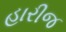
હારીજ